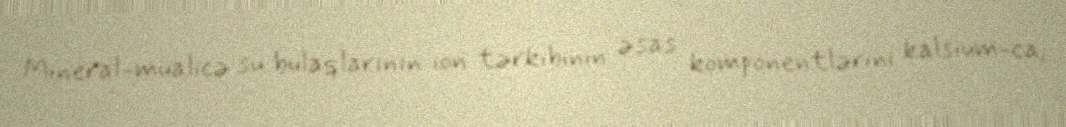
Mineral-müalicə su bulaqlarının ion tərkibinin əsas komponentlərini kalsium-ca,